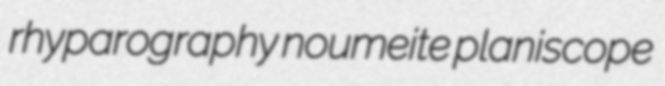
rhyparography noumeite planiscope